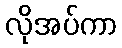
လိုအပ်ကာ